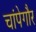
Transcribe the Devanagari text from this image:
चांपेगौर